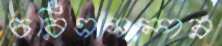
চরিত্রসম্পন্ন